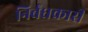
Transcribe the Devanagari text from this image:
निर्बंधकारी